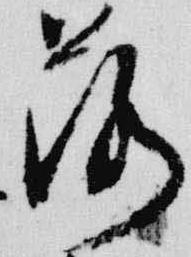
落